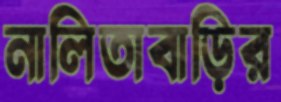
নালিতাবাড়ির